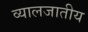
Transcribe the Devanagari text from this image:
व्यालजातीय